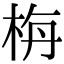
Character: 栴